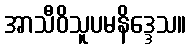
အာသီဝိသူပမနိဒ္ဒေသ။